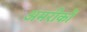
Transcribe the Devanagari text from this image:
अमरीकों